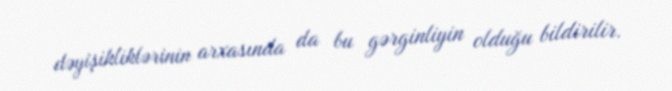
dəyişikliklərinin arxasında da bu gərginliyin olduğu bildirilir.